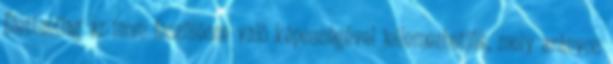
Élettanilag az izom feszülésre való képességével jellemezhetjük, mely arányos